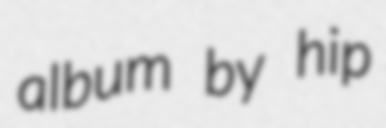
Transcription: album by hip